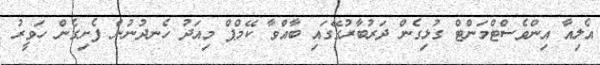
އެލިއާ އިންވެސްޓްމަންޓް ގުޅިގެން ދަރުބާރުގޭގައި ބާއްވާ ކޭމްޕް މިއަދު ހެނދުނުން ފެށިގެން ހަވީރު